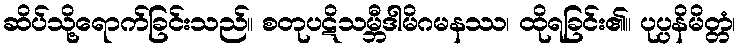
ဆိပ်သို့ရောက်ခြင်းသည်။ စတုပဋိသမ္ဘီဒါမိဂမနဿ၊ ထိုရခြင်း၏။ ပုပ္ပနိမိတ္တံ၊